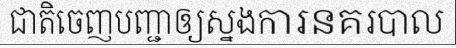
ជាតិចេញបញ្ជាឲ្យស្នងការនគរបាល